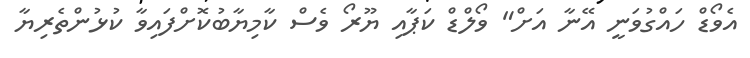
އެވޯޑް ހައްގުވަނީ އޭނާ އަށް" ވޯލްޑް ކަޕާއި ޔޫރޯ ވެސް ކާމިޔާބުކޮށްފައިވާ ކުޅުންތެރިޔާ